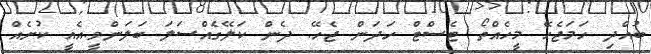
ބުއްދި ހަމަޖެހޭ މީހެއްތޯ ޓެސްޓް ހަދަން ޖެހޭ. ދެން ކަލޭގެައްސަލަ ބަލަންވީ.އެއީ ކުށެއް